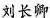
刘长卿